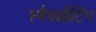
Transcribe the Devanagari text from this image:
स्नैपशौटिंग